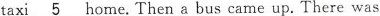
taxi\underline{5}home.Then a bus came up. There was